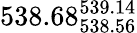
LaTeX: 538.68_{538.56}^{539.14}